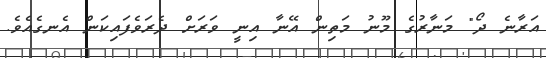
އަރާނެ ދޯ" މަނާރުގެ މޫނު މަތިން އޭނާ އިނީ ވަރަށް ދެރަވެފައިކަން އެނގެއެވެ.